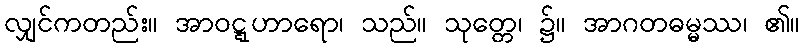
လျှင်ကတည်း။ အာဝဋ္ဋဟာရော၊ သည်။ သုတ္တေ၊ ၌။ အာဂတဓမ္မဿ၊ ၏။